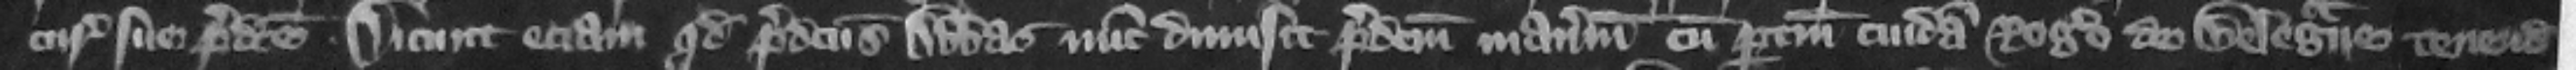
curie sue predicte. Dicunt eciam quod predictus abbas nunc dimisit predictum manerium cum pertinencis cuidam Rogero de Belegraue tenendum